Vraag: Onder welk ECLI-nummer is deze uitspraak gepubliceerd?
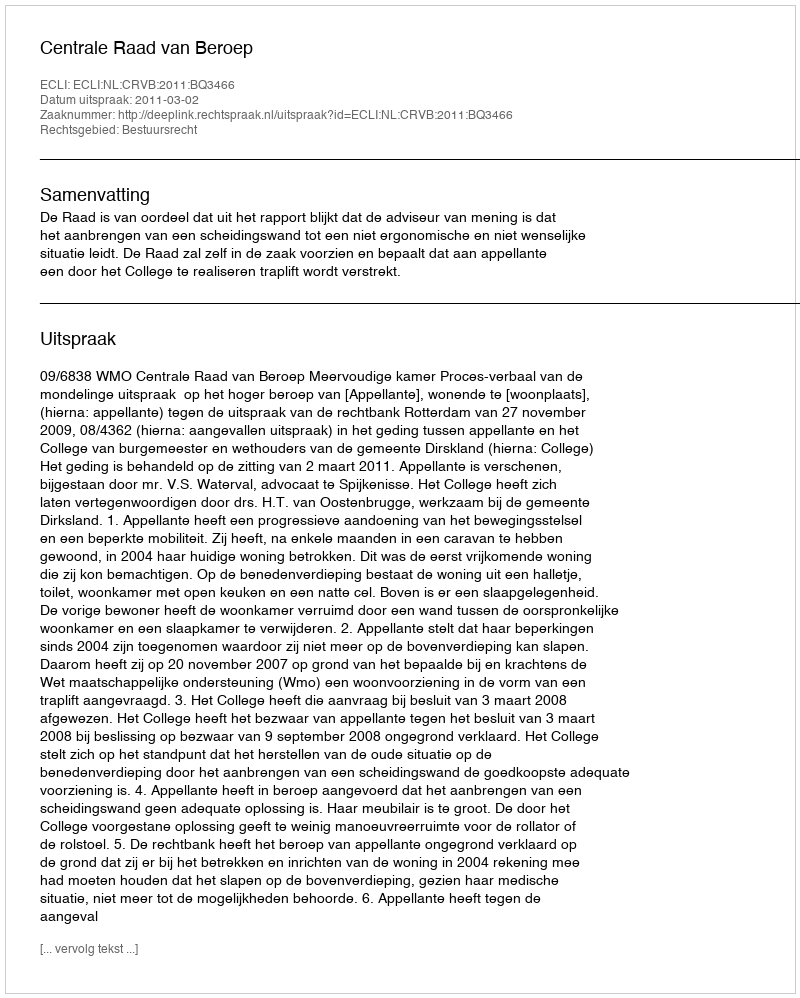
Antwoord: ECLI:NL:CRVB:2011:BQ3466